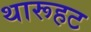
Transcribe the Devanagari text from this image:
थारूहट